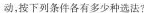
动，按下列条件各有多少种选法?